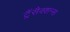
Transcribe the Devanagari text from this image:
ट्रैंसैक्शन्स